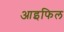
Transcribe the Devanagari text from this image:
आइफिल